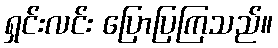
ရှင်းလင်း ပြောပြကြသည်။